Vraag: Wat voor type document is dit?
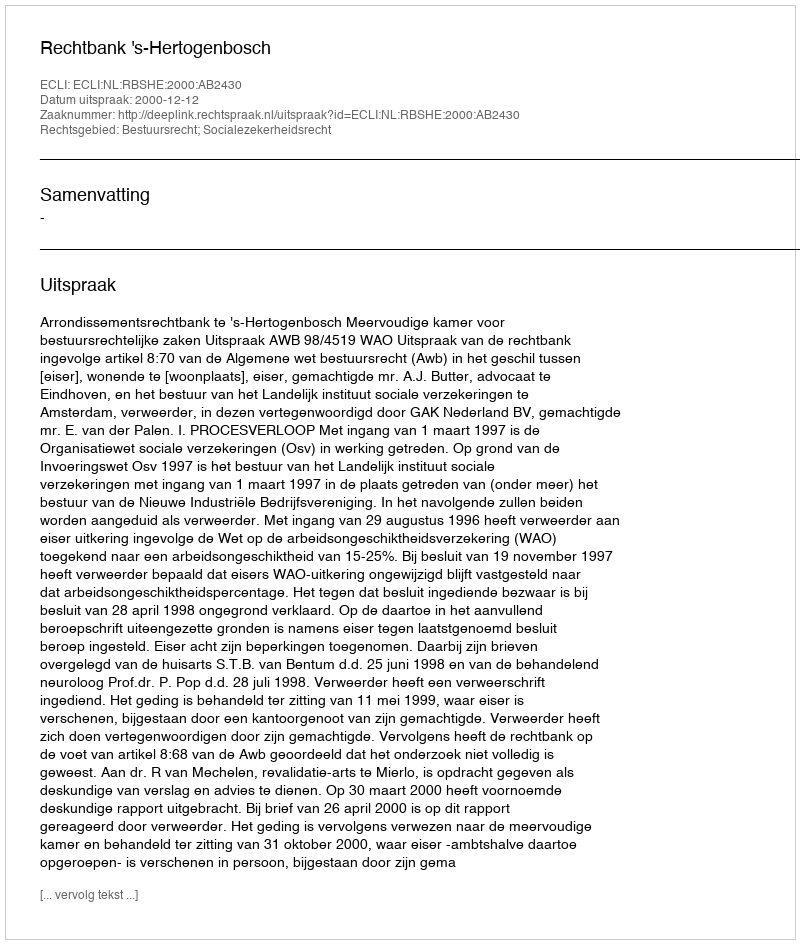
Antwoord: Uitspraak